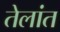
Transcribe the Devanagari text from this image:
तेलांत